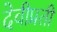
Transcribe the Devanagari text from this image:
देवीप्रती